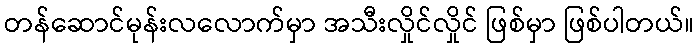
တန်ဆောင်မုန်းလလောက်မှာ အသီးလှိုင်လှိုင် ဖြစ်မှာ ဖြစ်ပါတယ်။